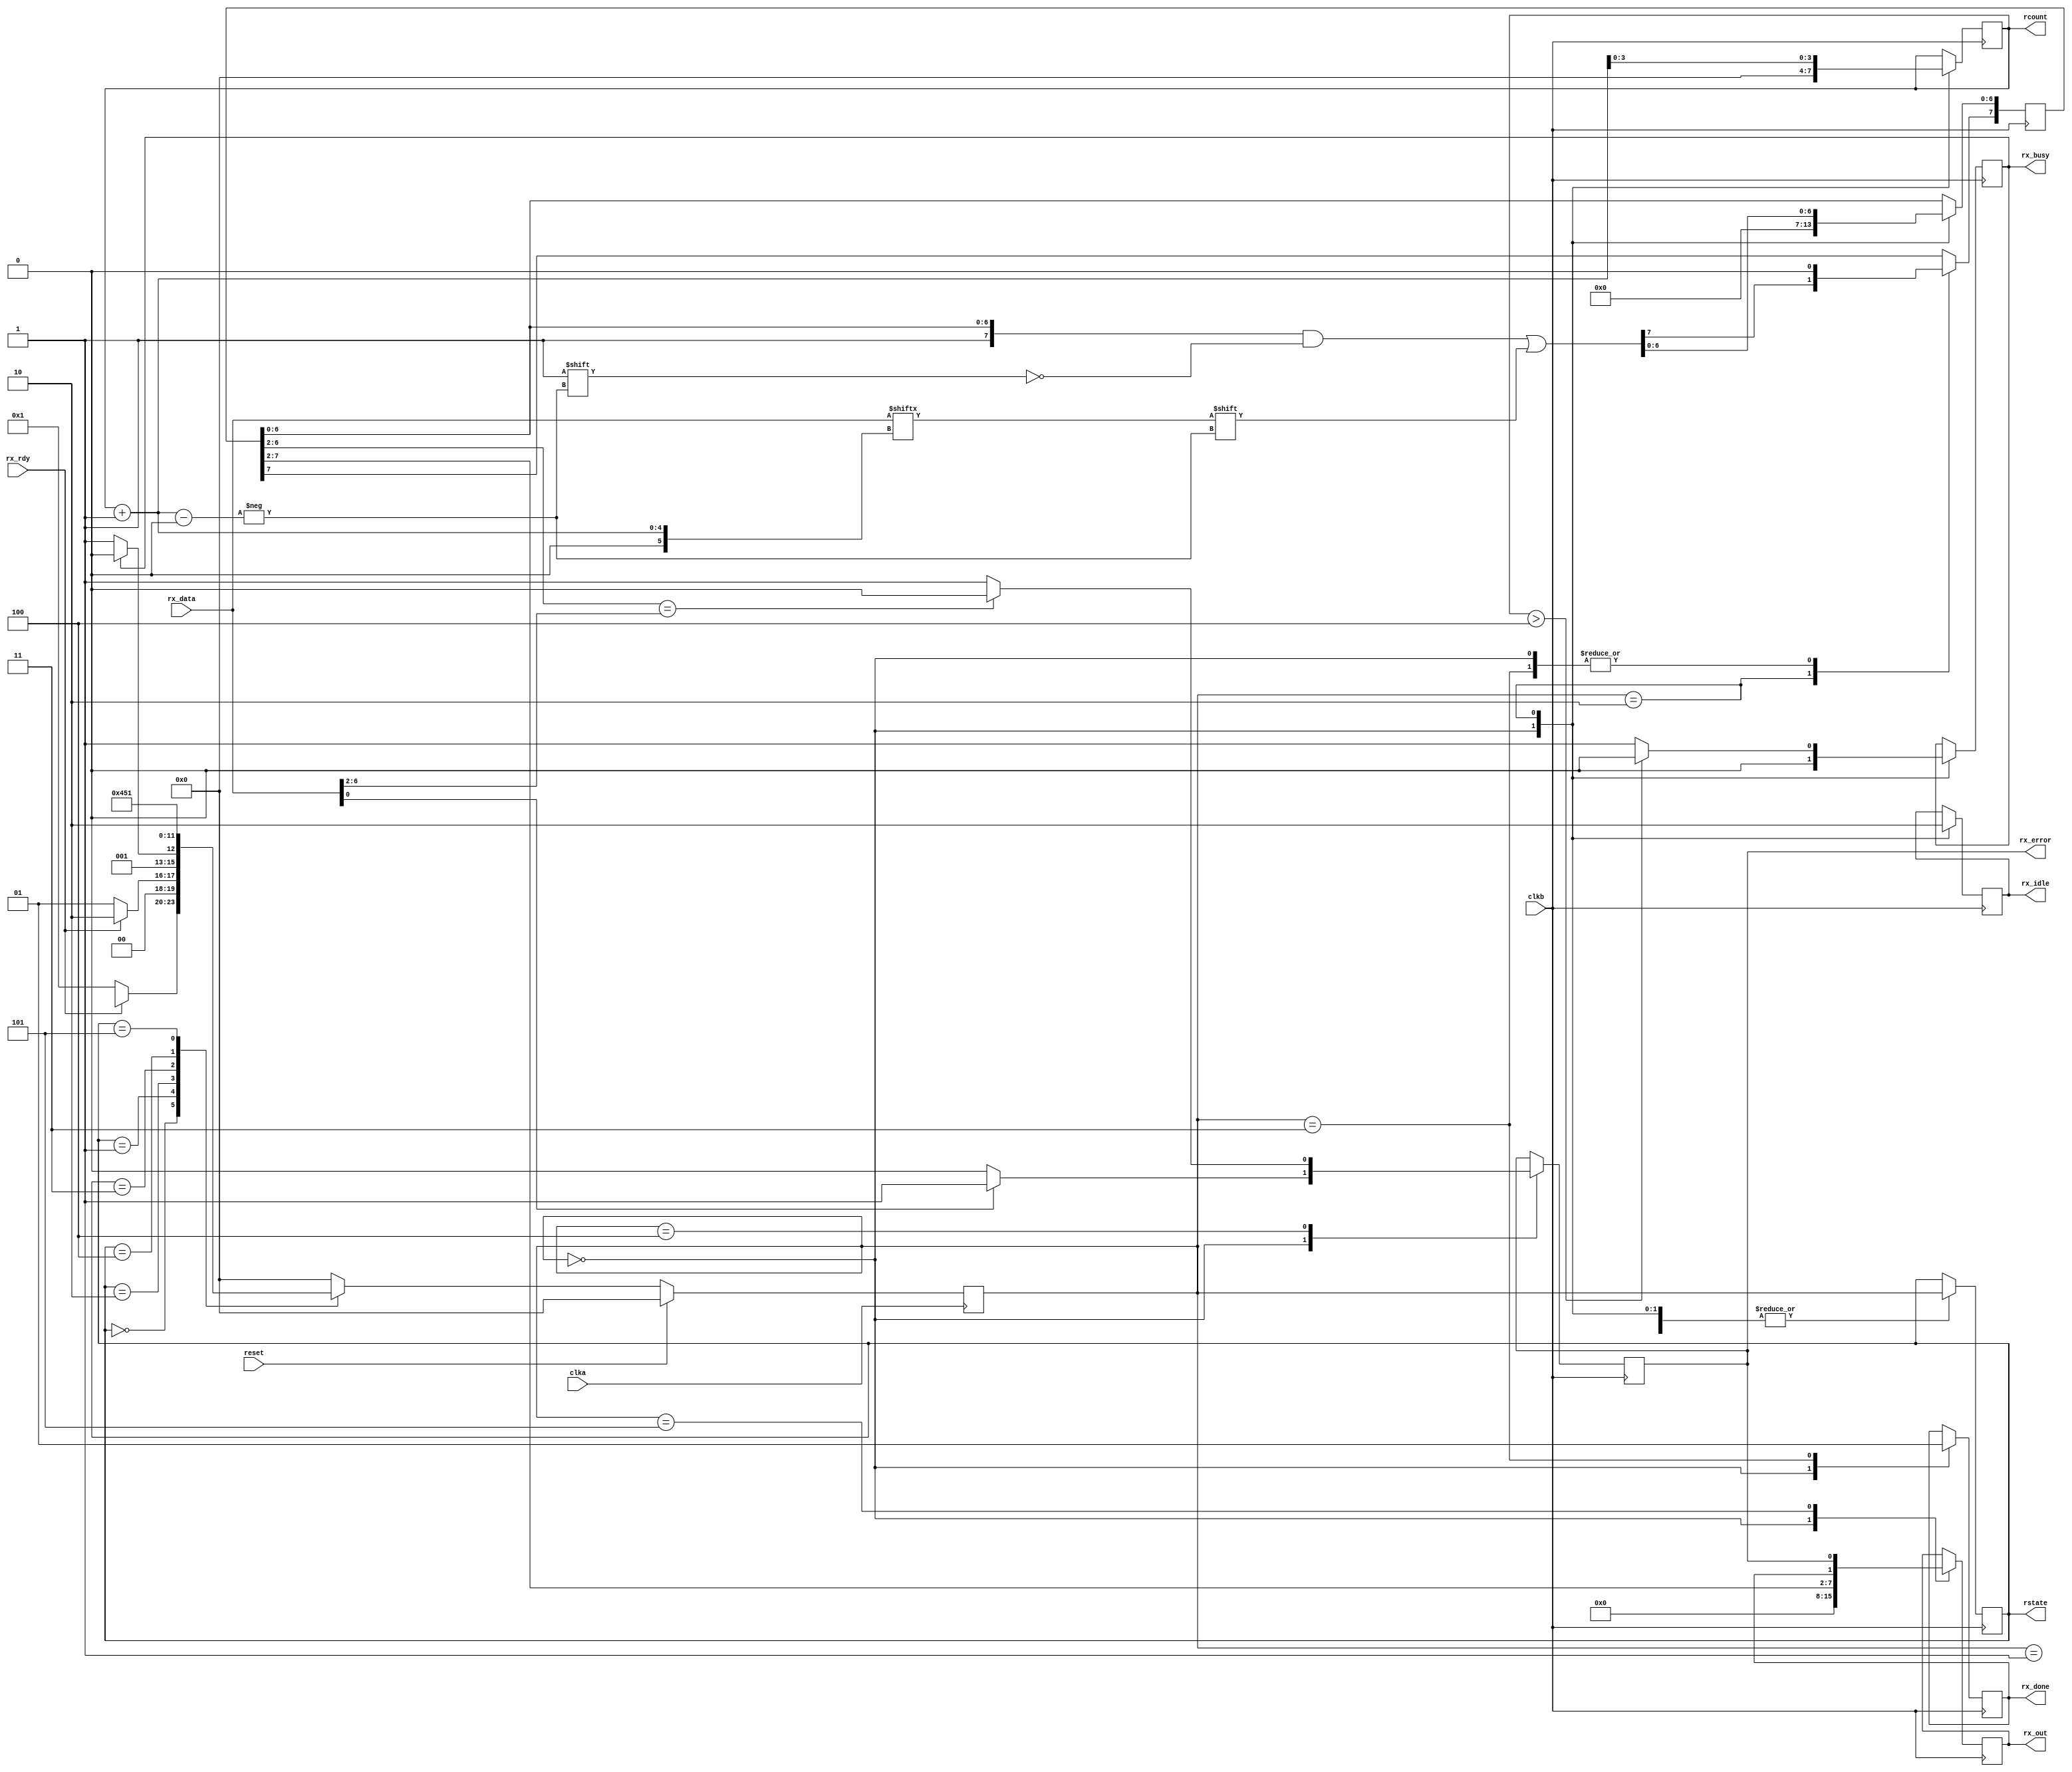
module rx_mainFSM(
input wire clka, clkb, reset,
input wire [7:0] rx_data,
input wire rx_rdy,
output reg [7:0] rx_out,
output reg [3:0] rcount,
output reg [3:0] rstate,
output reg rx_error, rx_busy, rx_done, rx_idle);

reg [7:0] rtmpout =8'b00000000;

parameter SIZE = 4;
parameter S0  = 4'b0000, S1 = 4'b0001, S2 = 4'b0010, S3=4'b0011, S4=4'b0100, S5=4'b0101, S6  = 4'b0110, S7 = 4'b0111, S8 = 4'b1000;

reg   [SIZE-1:0]          rstate        ;// Seq part of the FSM
wire   [SIZE-1:0]         temp_rstate   ;// Internal rstate reg
reg   [SIZE-1:0]          next_rstate   ;// combo part of FSM

assign  temp_rstate = fsm_function(rstate, rx_rdy, rx_busy, rcount);
function [SIZE-1:0] fsm_function;
	input [SIZE-1:0] rstate;
	input rx_rdy, rx_busy;
	input [3:0] rcount;

	case(rstate)
			S0: begin 
				if(~rx_rdy) begin
					fsm_function = S1;
				end 
										// idle stage
			end
			
			S1: begin
				if (rx_rdy) begin
					fsm_function = S2;
				end else begin
					fsm_function = S1;
				end				
			    end

			S2: begin 
				if (rx_busy) begin
					fsm_function = S2;
				end else begin
					fsm_function = S3;  // receiving data stage
				end
			end

			S3: begin
				fsm_function = S4;    // rx_done stage
			end

			S4: begin
				fsm_function = S5;  //self check
			end

			S5: begin
				fsm_function = S1; // go back to wait for new data
			end

			default: fsm_function = S0;
    endcase
endfunction

always @ (negedge clka)
begin
  if (reset == 1'b1) begin
    next_rstate <= S0;
  end else begin
    next_rstate <= temp_rstate;
  end
end

always @ (negedge clkb)
begin
  case(next_rstate)
          S0: begin
               	rcount <= 4'b0000;
               	rtmpout  <= 8'b00000000;
               	rx_error <= 0;
               	rx_idle <= 1;
		rx_out <= 0;
		rx_done <= 0;
		rx_busy <= 0;
		if (~rx_done) begin
			rx_out <= 0;
		end
               	if (rx_data[0]) begin
               		rx_error <= 1;
               	end
                rstate <= next_rstate;
          end

	  S1: begin
		rstate <= next_rstate;
	      end

          S2: begin
          		rx_idle <= 0;
        		if (rcount > 4) begin
          			rx_busy <= 0;
          		end
          		else begin 
          			rx_busy <= 1;
      			end
      			rtmpout [7] <= 1;
      			rtmpout [rcount+1] <= rx_data[rcount+1];
          		rcount <= rcount + 1;
          		rstate <= next_rstate;
          end

          S3: begin
          		rtmpout [7] <= 0;
          		rx_done <= 1;
          		rstate <= next_rstate;
          end

          S4: begin
         		if (rtmpout [6:2]==rx_data[6:2]) begin
          			rx_error <= 0;
          		end
          		else begin
          			rx_error <= 1;
          		end
          	    rstate <= next_rstate;
          end

          S5: begin
          	   rx_out <= {rtmpout[7:2], rx_done, rx_error};        	   
          	   rstate <= next_rstate;
          end

  endcase
end

endmodule